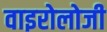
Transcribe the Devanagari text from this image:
वाइरोलोजी